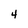
Character: 4